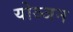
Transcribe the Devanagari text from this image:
योञ्जन